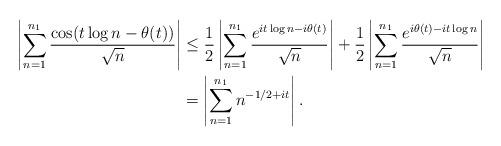
LaTeX: \begin{align*}\left|\sum_{n=1}^{n_1} \frac{\cos(t\log n-\theta(t))}{\sqrt{n}}\right| &\le \frac{1}{2}\left|\sum_{n=1}^{n_1} \frac{e^{it\log n-i\theta(t)}}{\sqrt{n}}\right| + \frac{1}{2} \left|\sum_{n=1}^{n_1} \frac{e^{i\theta(t)-it\log n}}{\sqrt{n}}\right|\\&= \left|\sum_{n=1}^{n_1} n^{-1/2+it}\right|. \end{align*}